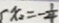
x _ { 2 } = - \frac { 1 } { 4 }